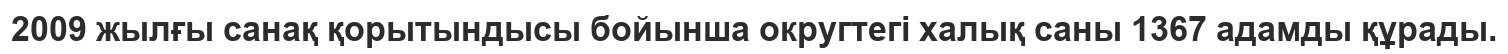
2009 жылғы санақ қорытындысы бойынша округтегі халық саны 1367 адамды құрады.